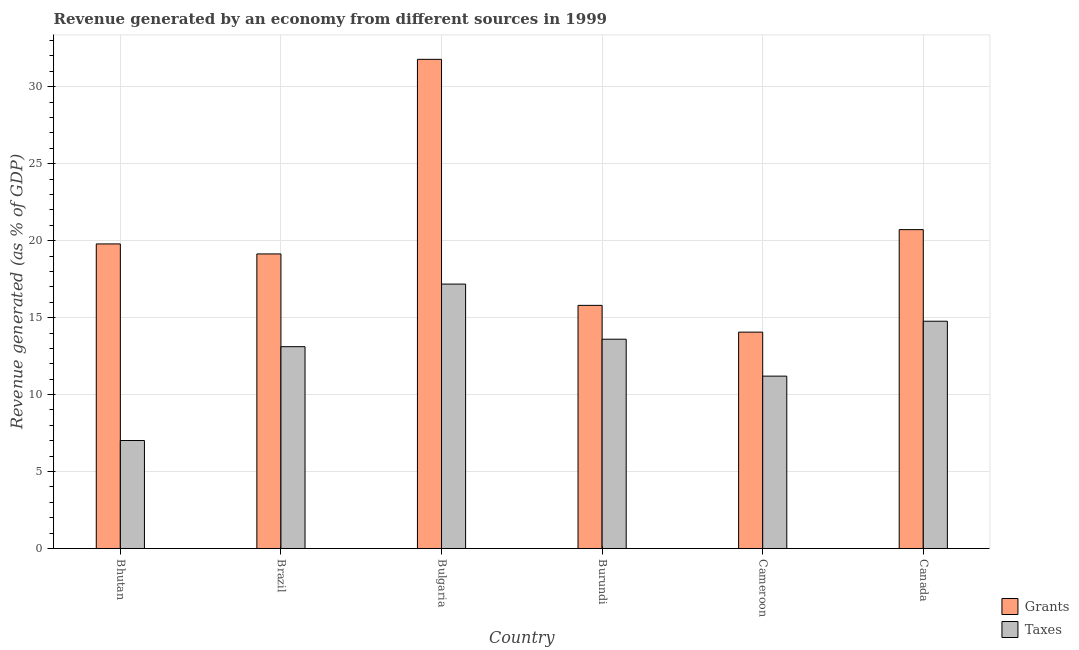
| Country | Grants | Taxes |
 | --- | --- | --- |
 | Bhutan | 19.8 | 7.02 |
 | Brazil | 19.1 | 13.1 |
 | Bulgaria | 31.8 | 17.2 |
 | Burundi | 15.8 | 13.6 |
 | Cameroon | 14.1 | 11.2 |
 | Canada | 20.7 | 14.8 |